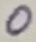
Text: 0